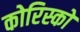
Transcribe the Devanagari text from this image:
कोरिस्को